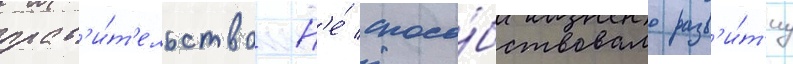
прав'и́т'ельство н'е́ спосо́бствовало разв'и́т'иу